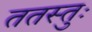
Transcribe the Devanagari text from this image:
ततस्तुः